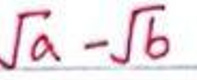
\(\sqrt{a}-\sqrt{b}\)